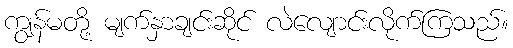
ကျွန်မတို့ မျက်နှာချင်းဆိုင် လဲလျောင်းလိုက်ကြသည်။